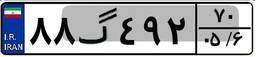
۸۸گ۴۹۲۷۰